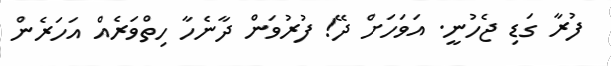
ފުރާ ގަޑި ޖެހުނީ. އަވަހަށް ދޭ! ފުރުވަން ދާނެހާ ހިތްވަރެއް އަހަރެން